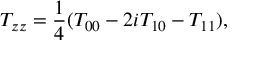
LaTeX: T _ { z z } = \frac { 1 } { 4 } ( T _ { 0 0 } - 2 i T _ { 1 0 } - T _ { 1 1 } ) ,